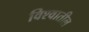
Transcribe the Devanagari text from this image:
विश्‍वातील